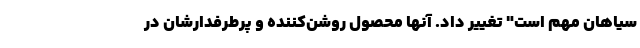
سیاهان مهم است" تغییر داد. آنها محصول روشن‌کننده و پرطرفدارشان در